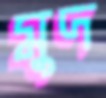
মুদ